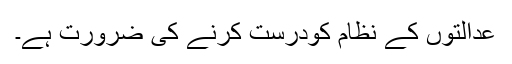
عدالتوں کے نظام کودرست کرنے کی ضرورت ہے۔